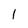
Character: l